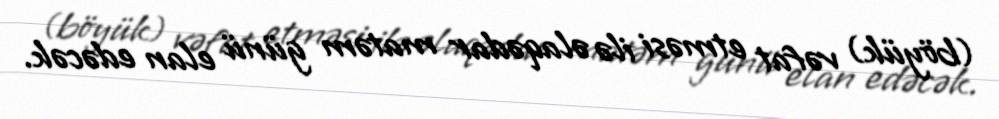
(böyük) vəfat etməsi ilə əlaqədar matəm günü elan edəcək.